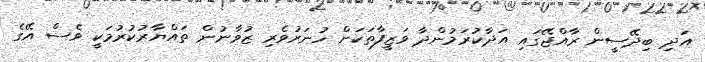
އަދި ބިދޭސީން ރާއްޖޭގައި އަދާކުރަމުންދާ ވަޒީފާތަކަށް ހުނަރުވެރި ޒުވާނުން ތައްޔާރުކުރުމަކީ ވެސް އޭގެ